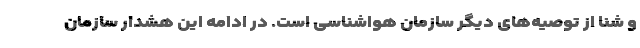
و شنا از توصیه‌های دیگر سازمان هواشناسی است. در ادامه این هشدار سازمان